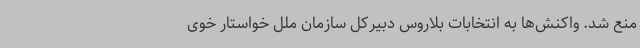
منع شد. واکنش‌ها به انتخابات بلاروس دبیرکل سازمان ملل خواستار خوی